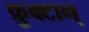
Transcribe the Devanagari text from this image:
फ्रुक्टान्